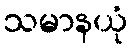
သမာနယုံ